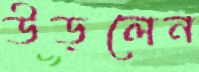
উড়লেন